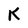
Character: K